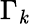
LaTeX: \Gamma_{\mathit{k}}